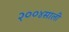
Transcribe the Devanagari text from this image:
२००४साली